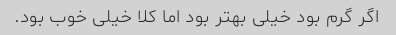
اگر گرم بود خیلی بهتر بود اما کلا خیلی خوب بود.